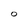
Character: O